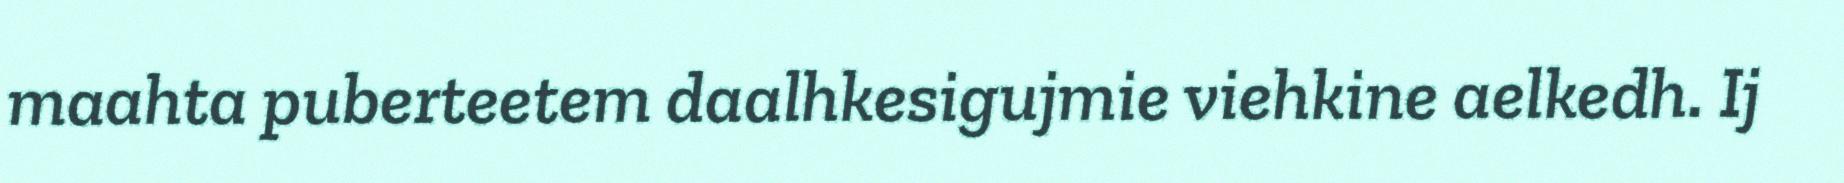
maahta puberteetem daalhkesigujmie viehkine aelkedh. Ij